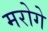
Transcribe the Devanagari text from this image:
मरोगे